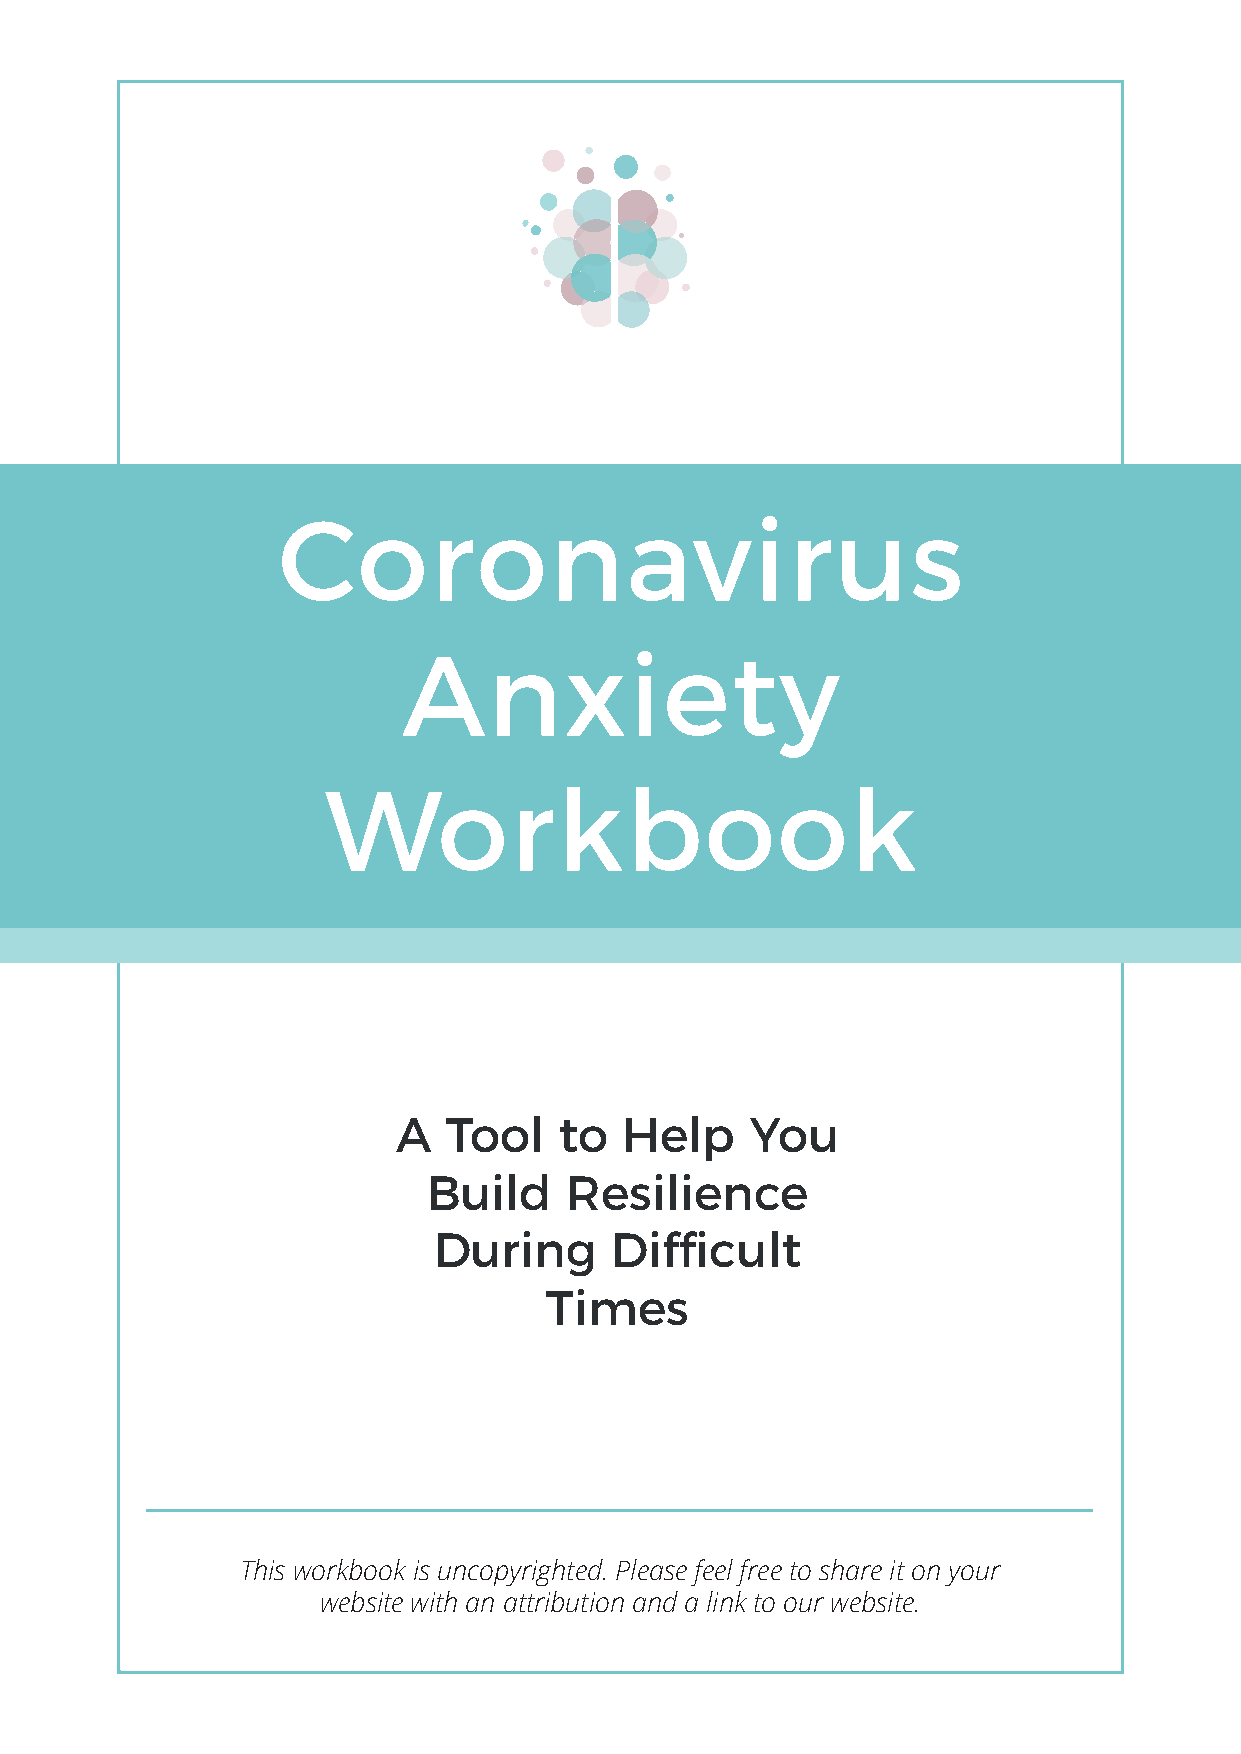
Coronavirus
 Anxiety
 Workbook
 A   Tool   to  Help     You
 Build     Resilience
 During     Difficult
 Times
 This workbook is uncopyrighted. Please feel free to share it on your
 website with an attribution and a link to our website.